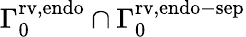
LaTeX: \Gamma_{0}^{\mathrm{{rv,endo}}}\cap{\Gamma}_{0}^{\mathrm{{rv,endo-sep}}}